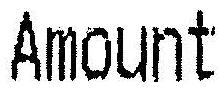
AMOUNT